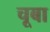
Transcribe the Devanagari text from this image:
चूबा